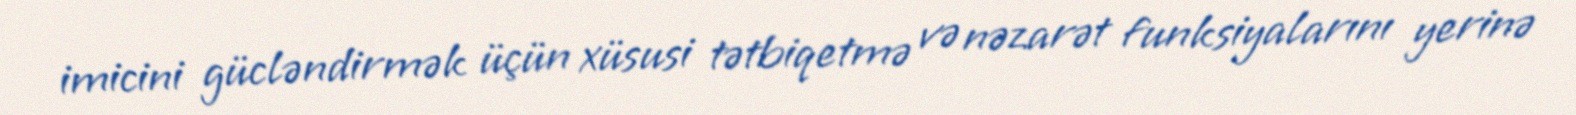
imicini gücləndirmək üçün xüsusi tətbiqetmə və nəzarət funksiyalarını yerinə